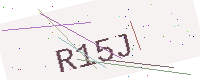
Text: R15J